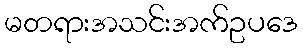
မတရားအသင်းအက်ဥပဒေ